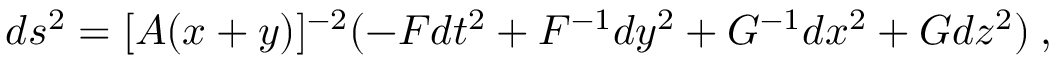
d s ^ { 2 } = [ A ( x + y ) ] ^ { - 2 } ( - { \cal F } d t ^ { 2 } + { \cal F } ^ { - 1 } d y ^ { 2 } + { \cal G } ^ { - 1 } d x ^ { 2 } + { \cal G } d z ^ { 2 } ) \: ,